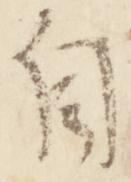
自